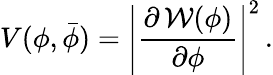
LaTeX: V(\phi,\bar{\phi})=\left|\frac{\partial\, {\cal W}(\phi)}{\partial\phi}\right|^{2}\, .